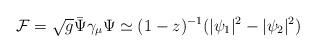
LaTeX: \begin{align*}{\cal F}=\sqrt{g}\bar\Psi\gamma_\mu\Psi\simeq(1-z)^{-1}(|\psi_1|^2-|\psi_2|^2)\end{align*}